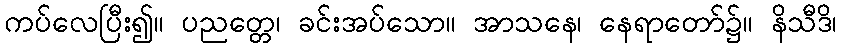
ကပ်လေပြီး၍။ ပညတ္တေ၊ ခင်းအပ်သော။ အာသနေ၊ နေရာတော်၌။ နိသီဒိ၊